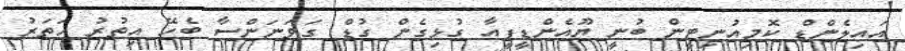
އައިލެންޑް ކޮމިއުނިޓީން ބުނީ ޔޫއެންޑީޕީއާ ގުޅިގެން ގުޑް ގަވަނަންސާ ބެހޭ އިތުރު ހަތަރު